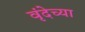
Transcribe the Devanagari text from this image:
वृंदेच्या